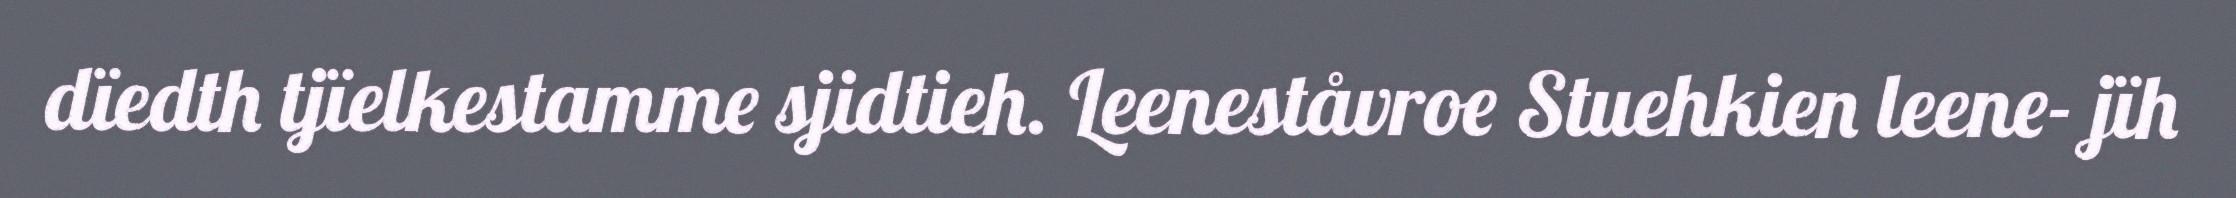
dïedth tjïelkestamme sjidtieh. Leeneståvroe Stuehkien leene- jïh